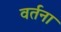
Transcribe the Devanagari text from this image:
वर्तना